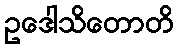
ဥဒေါသိတောတိ